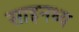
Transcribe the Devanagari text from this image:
साइनध्य